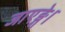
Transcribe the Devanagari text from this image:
जाएङ्गे।